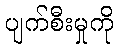
ပျက်စီးမှုကို